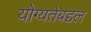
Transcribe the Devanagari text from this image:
योग्यतेबद्दल